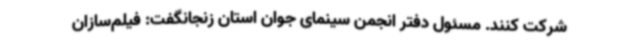
شرکت کنند. مسئول دفتر انجمن سینمای جوان استان زنجانگفت: فیلم‌سازان